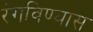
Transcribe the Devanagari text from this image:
रंगविण्यास